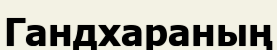
Гандхараның